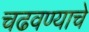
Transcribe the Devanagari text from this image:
चढवण्याचे